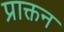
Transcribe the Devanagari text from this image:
प्राक्तन